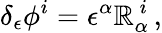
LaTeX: \delta_{\epsilon}\phi^{i}=\epsilon^{\alpha}\mathbb{R}_{\alpha}^{\ i}\, ,